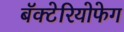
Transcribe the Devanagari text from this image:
बॅक्टेरियोफेग